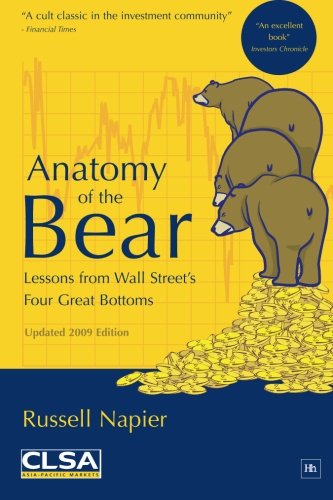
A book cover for Anatomy of the Bear; Russell Napier; Business & Money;